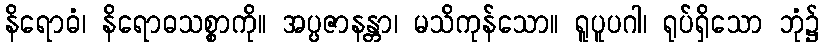
နိရောဓံ၊ နိရောဓသစ္စာကို။ အပ္ပဇာနန္တာ၊ မသိကုန်သော။ ရူပူပဂါ၊ ရုပ်ရှိသော ဘုံ၌